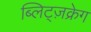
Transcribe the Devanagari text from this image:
ब्लिट्ज़क्रेग